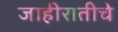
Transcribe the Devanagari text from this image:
जाहीरातीचे